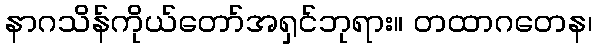
နာဂသိန်ကိုယ်တော်အရှင်ဘုရား။ တထာဂတေန၊